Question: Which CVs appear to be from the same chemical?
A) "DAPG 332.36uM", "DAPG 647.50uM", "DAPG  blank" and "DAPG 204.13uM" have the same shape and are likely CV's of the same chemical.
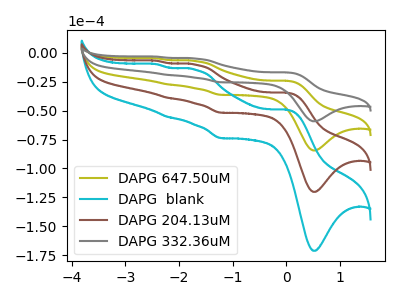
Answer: <think>The olive curve "DAPG 647.50uM" has anodic peaks at (0.00V, -24.35uA) (-1.70V, -7.30uA) (-2.20V, -27.50uA) (-2.45V, -4.95uA) and cathodic peaks at (0.55V, -84.45uA) (-1.20V, -36.45uA). The cyan curve "DAPG  blank" has anodic peaks at (0.00V, -73.00uA) (-1.70V, -21.85uA) (-2.20V, -82.50uA) (-2.45V, -14.85uA) and cathodic peaks at (0.55V, -253.30uA) (-1.20V, -109.30uA). The brown curve "DAPG 204.13uM" has anodic peaks at (0.00V, -48.65uA) (-1.70V, -14.55uA) (-2.20V, -55.00uA) (-2.45V, -9.90uA) and cathodic peaks at (0.55V, -168.85uA) (-1.20V, -72.85uA). The gray curve "DAPG 332.36uM" has anodic peaks at (0.00V, -17.10uA) (-1.70V, -5.10uA) (-2.20V, -19.30uA) (-2.45V, -3.50uA) and cathodic peaks at (0.55V, -59.35uA) (-1.20V, -25.60uA).
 All the peaks in "DAPG 647.50uM" have a peak in "DAPG  blank" at the same potential. All the peaks in "DAPG 647.50uM" have a peak in "DAPG 204.13uM" at the same potential. All the peaks in "DAPG 647.50uM" have a peak in "DAPG 332.36uM" at the same potential. All the peaks in "DAPG  blank" have a peak in "DAPG 204.13uM" at the same potential. All the peaks in "DAPG  blank" have a peak in "DAPG 332.36uM" at the same potential. All the peaks in "DAPG 204.13uM" have a peak in "DAPG 332.36uM" at the same potential.</think>
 <answer>A) "DAPG 332.36uM", "DAPG 647.50uM", "DAPG  blank" and "DAPG 204.13uM" have the same shape and are likely CV's of the same chemical.</answer>
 <eval>A</eval>